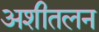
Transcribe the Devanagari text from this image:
अशीतलन